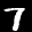
Label: 7